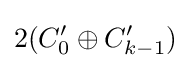
2(C'_{0}\oplus C'_{k-1})